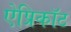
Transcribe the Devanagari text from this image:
ऐप्रिकॉट